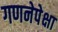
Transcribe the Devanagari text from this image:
गणनेपेक्षा